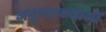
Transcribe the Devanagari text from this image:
अनुव्याख्याओं